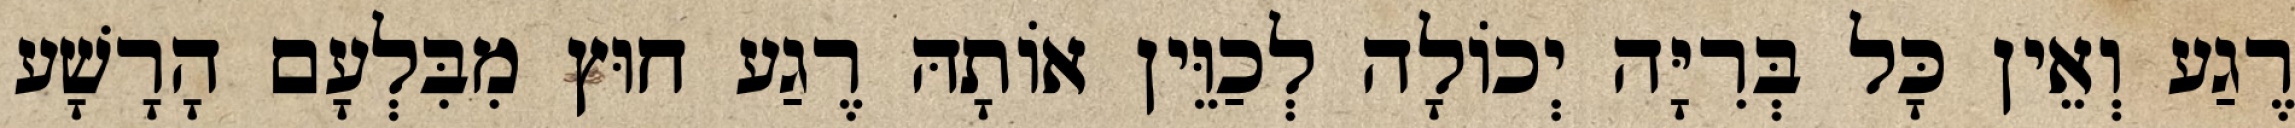
רֶגַע וְאֵין כָּל בְּרִיָּה יְכוֹלָה לְכַוֵּין אוֹתָהּ רֶגַע חוּץ מִבִּלְעָם הָרָשָׁע